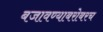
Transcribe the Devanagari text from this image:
बजावण्याबरोबरच